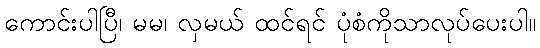
ကောင်းပါပြီ၊ မမ၊ လှမယ် ထင်ရင် ပုံစံကိုသာလုပ်ပေးပါ။